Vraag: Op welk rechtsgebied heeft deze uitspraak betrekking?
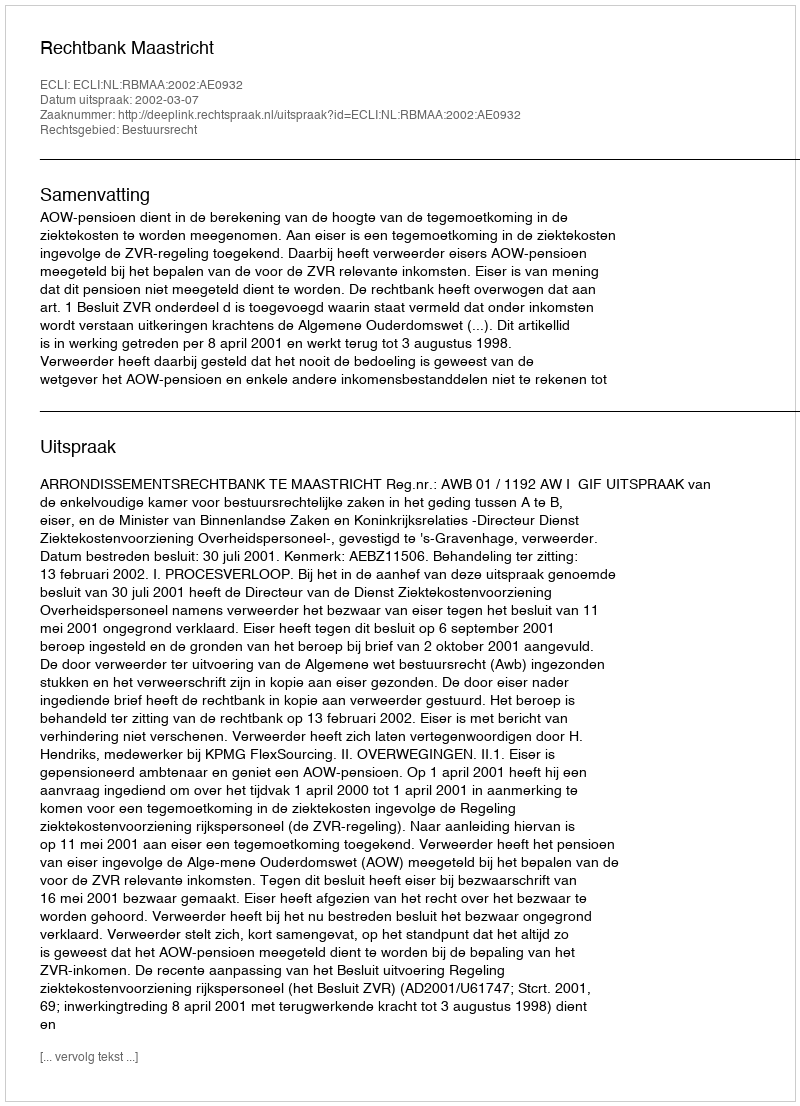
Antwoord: Bestuursrecht